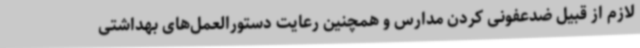
لازم از قبیل ضدعفونی کردن مدارس و همچنین رعایت دستورالعمل‌های بهداشتی